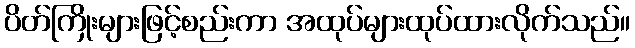
ပိတ်ကြိုးများဖြင့်စည်းကာ အထုပ်များထုပ်ထားလိုက်သည်။